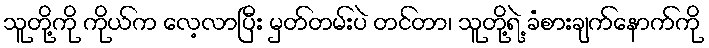
သူတို့ကို ကိုယ်က လေ့လာပြီး မှတ်တမ်းပဲ တင်တာ၊ သူတို့ရဲ့ ခံစားချက်နောက်ကို